Rae_vallavalitsus, lk 83
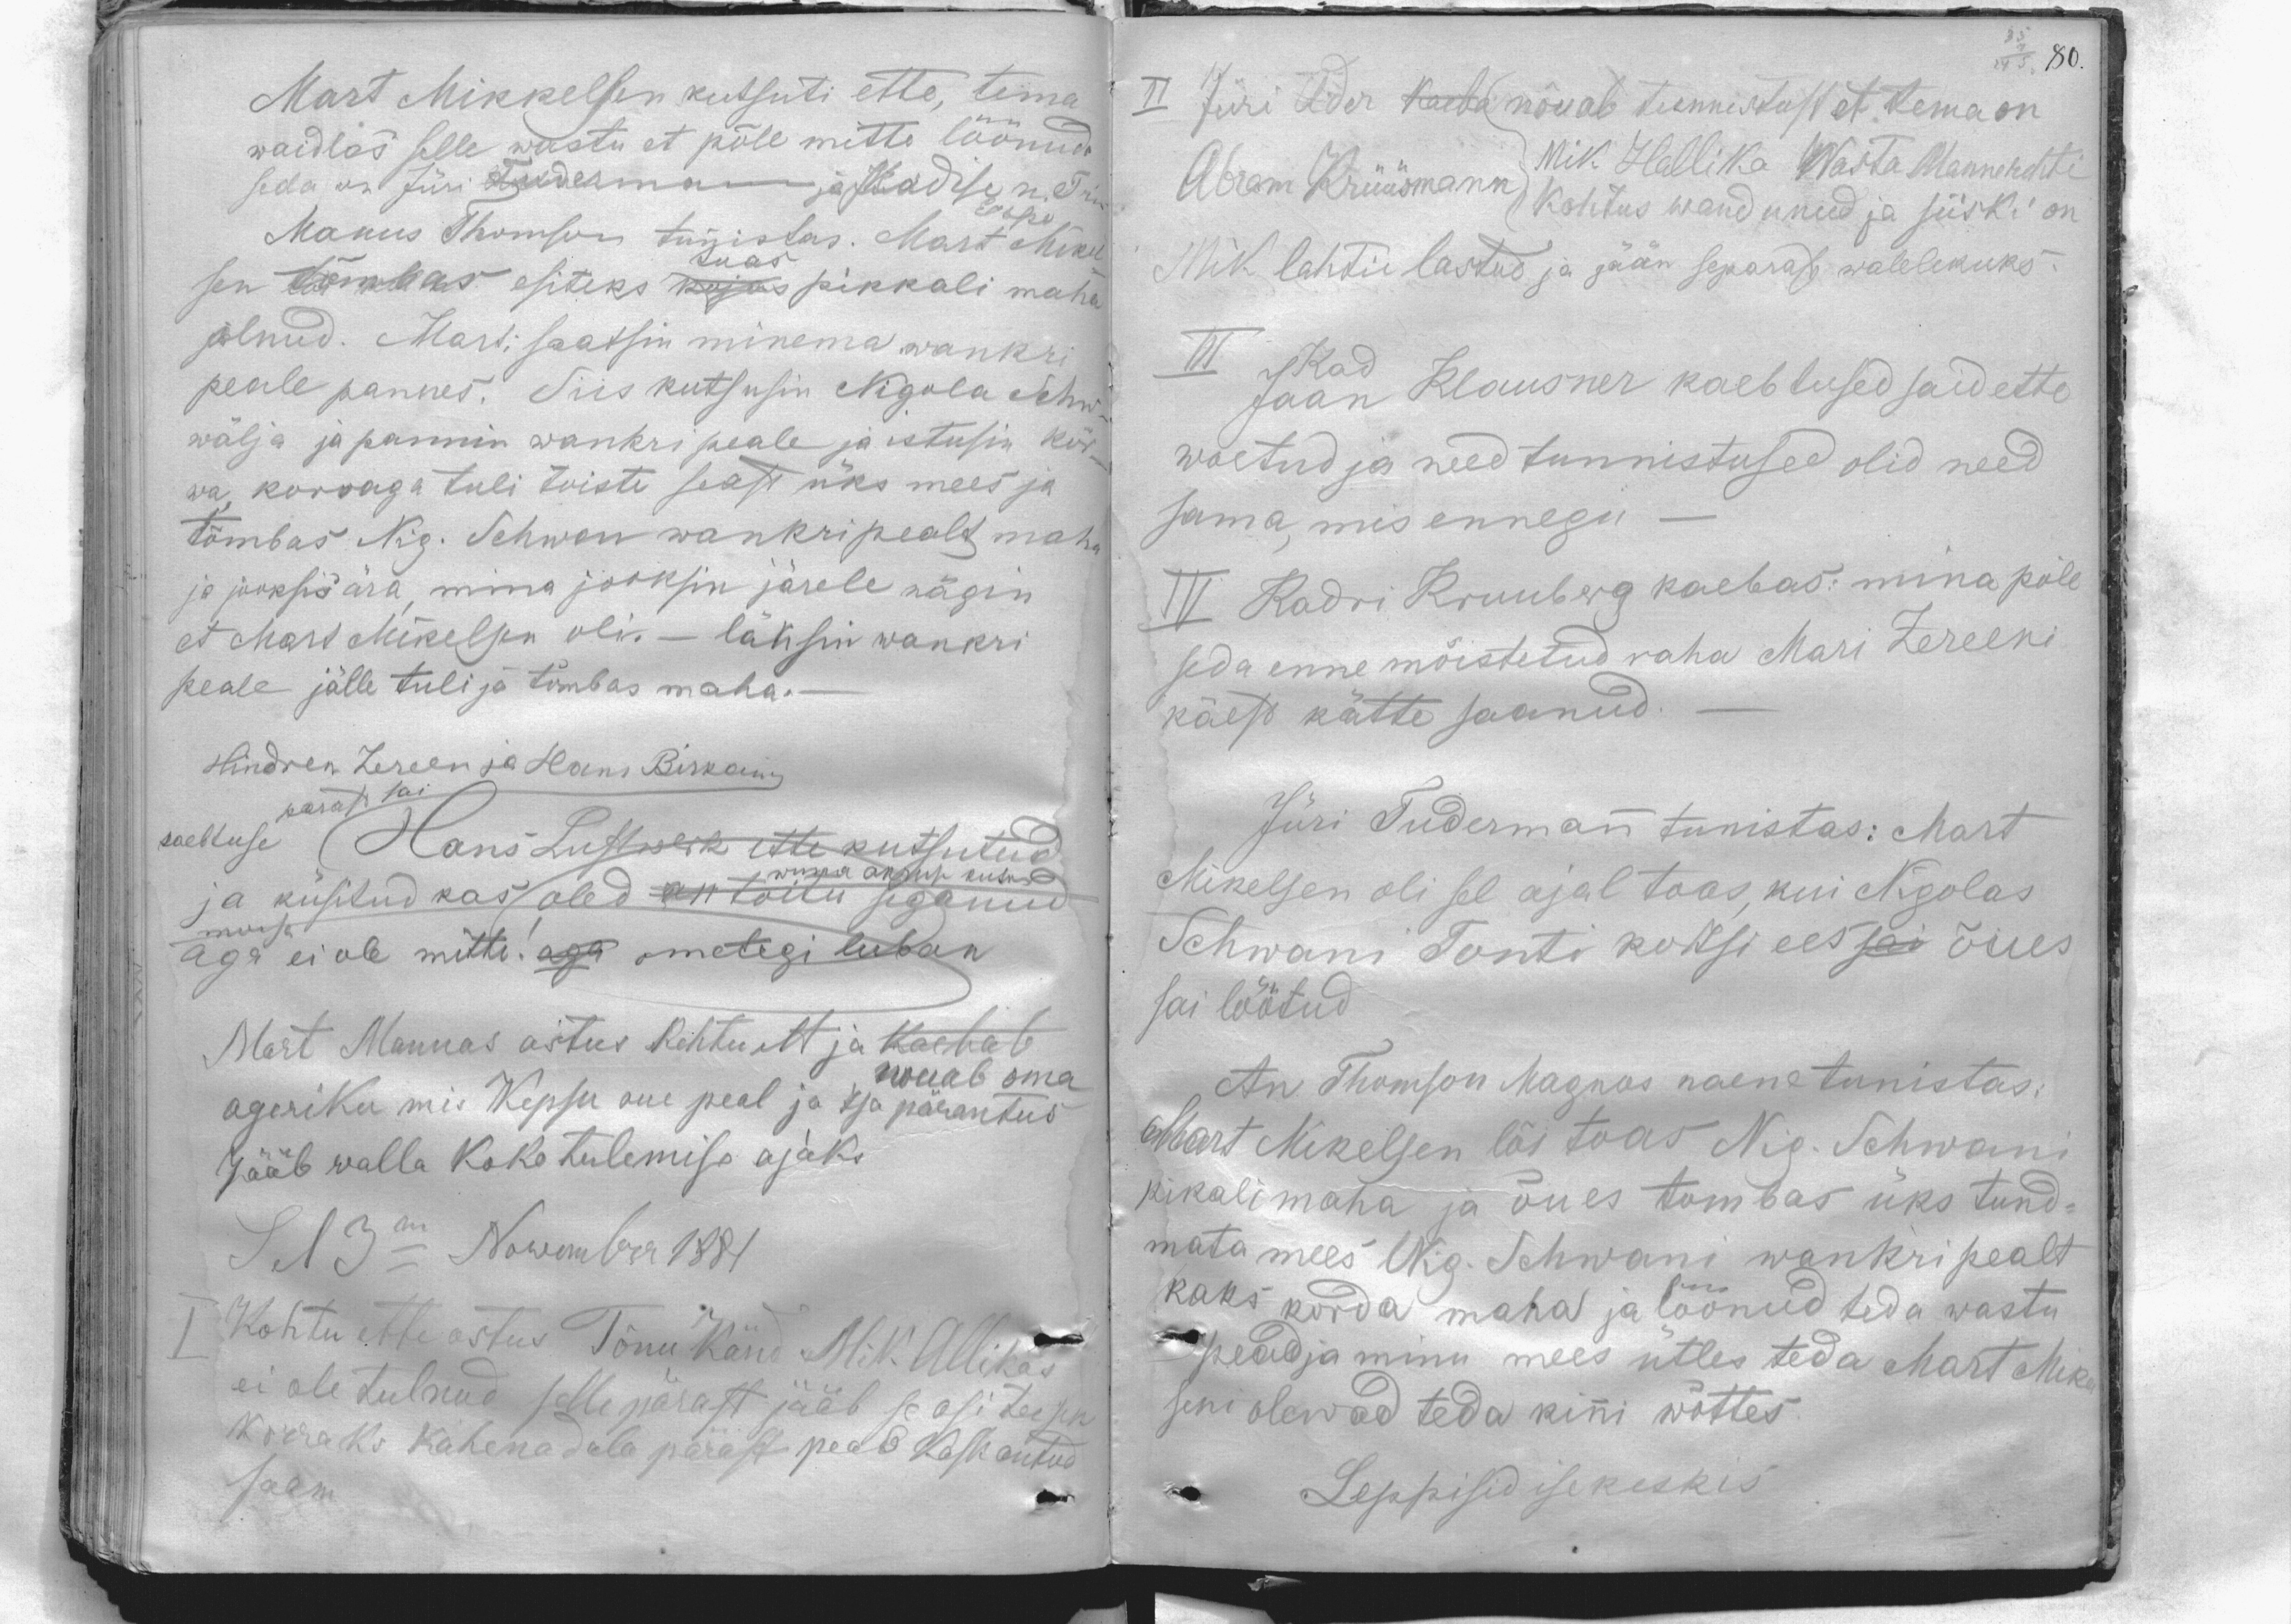
80.

Mart Mikkelsen kutsuti ette, tema
waidles selle wastu et põle mitte löönud.
seda on Jüri Tudermann ja Madise n. Trino
Espe
Manus Thomson tunistas. Mart Mikel
sen tõmbas esiteks kojas pikkali maha
tuas
olnud. Marti saatsin minema wankri
peale pannes. Siis kutsusin Nigola Schw
wälja ja pannin wankri peale ja istusin kõr-
wa, korraga tuli toiste seast üks mees ja
tõmbas Nig. Schwan wankri pealt maha
ja jooksis ära, mina jooksin järele nägin
et Mart Mikelsen oli. - läksin wankri
peale jälle tuli ja tõmbas maha.-
Hindren Zereen ja Hans Birkani
kaebtuse (Hans Lustwerk ette kutsutud
parast sai
wana akruse kutne
ja küsitud kas oled on toitu seganud
moisa
aga ei ole mitte! aga ometigi luban
Mart Mannas astus kohtu ett ja kaebab
ageriku mis Kepsu oue peal ja Isa ja pärantus
nouab oma
Jääb walla koko tulemise ajaks
Sel 13m Nowember 1881
Kohtu ette ostus Tõnu Känd Mik Allikas
ei ole tulnud sellepärast jääb se asi teisek
korraks kahenadala pärast peab kask antud
saam

II Jüri Ader kaeba nõuab tunnistust et tema on
Abram Krüüsmann kohtus wandund ja siiski on
Mik Hallika Wasta Mannerehti
Mik lahtii lastud ja jään separast walelikuks
III Kad
Jaan Klausner kaebtused said ette
woetud ja need tunnistused olid need
sama, mis ennegu
IV Kadri Kruuberg kaebas: mina põle
seda enne mõistetud raha Mari Zereeni
käest kätte saanud.
Jüri Tudermann tunistas: Mart
Mikelsen oli sel ajal toas, kui Nigolas
Schwani Tonti kortsi ees sai õues
sai löötud
An Thomson Magnus naene tunistas:
Mart Mikelsen lõi toas Nig. Schwani
pikali maha ja õues tombas üks tund-
mata mees Nig. Schwani wankri pealt
kaks korda maha ja löönud teda wastu
pead ja minu mees ütles teda Mart Mikel
seni olewad teda kinni wõttes
Leppisid isekeskis